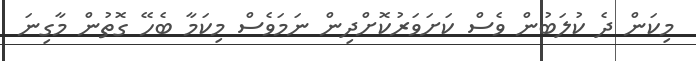
މިކަން ދެ ކުލަބުން ވެސް ކަށަވަރުކޮށްދިން ނަމަވެސް މިކަމާ ބެހޭ ގޮތުން މާގިނަ